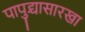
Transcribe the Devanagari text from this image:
पापुद्र्यासारखा